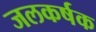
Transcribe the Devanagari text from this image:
जलकर्षक